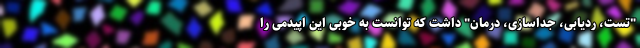
"تست، ردیابی، جداسازی، درمان" داشت که توانست به خوبی این اپیدمی را